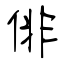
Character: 俳